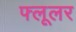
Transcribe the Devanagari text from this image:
फ्लूलर